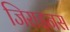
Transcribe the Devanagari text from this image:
जिराइनस